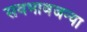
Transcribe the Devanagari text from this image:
सवभावजन्या